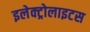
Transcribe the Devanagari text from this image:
इलेक्ट्रोलाइटस